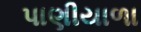
પાણીયાળા